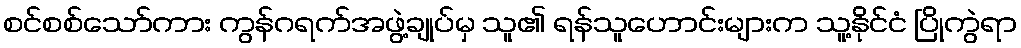
စင်စစ်သော်ကား ကွန်ဂရက်အဖွဲ့ချုပ်မှ သူ၏ ရန်သူဟောင်းများက သူ့နိုင်ငံ ပြိုကွဲရာ